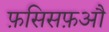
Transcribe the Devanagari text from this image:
फ़सिसफ़औ